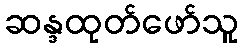
ဆန္ဒထုတ်ဖော်သူ